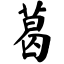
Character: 葛